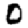
Digit: 0